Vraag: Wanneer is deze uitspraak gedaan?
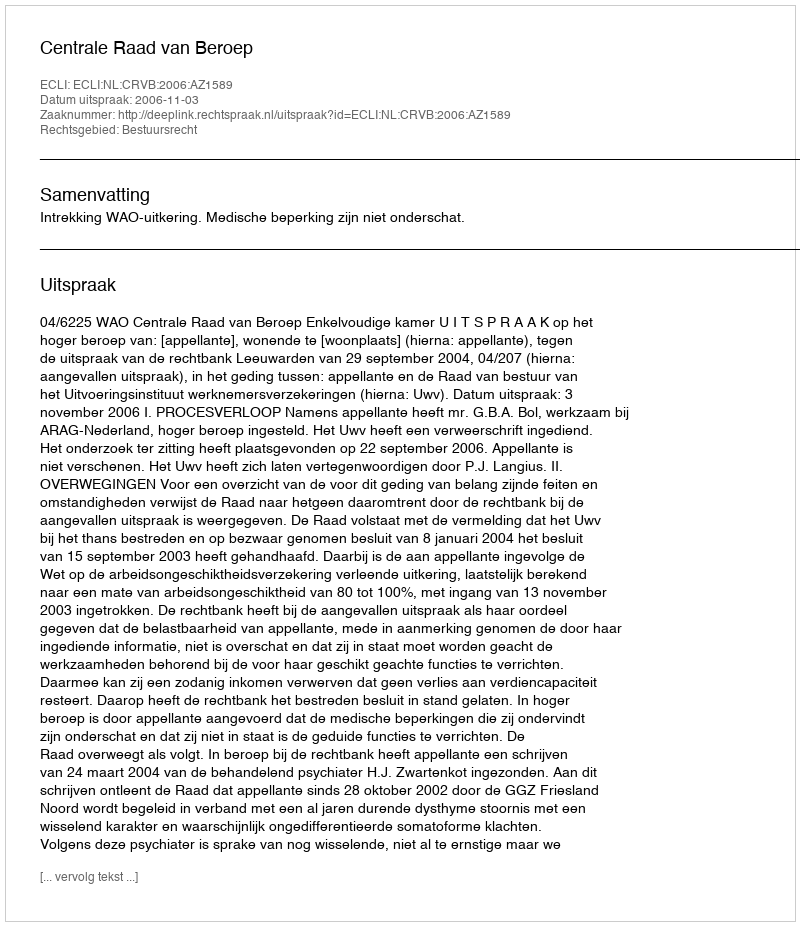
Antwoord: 2006-11-03